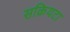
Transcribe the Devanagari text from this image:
सक्रियटा